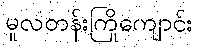
မူလတန်းကြိုကျောင်း